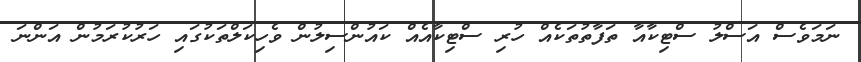
ނަމަވެސް އަސްލު ސްޓިކާއާ ތަފާތުތަކެއް ހުރި ސްޓިކާއެއް ކައުންސިލުން ވެހިކަލްތަކުގައި ހަރުކުރަމުން އަންނަ